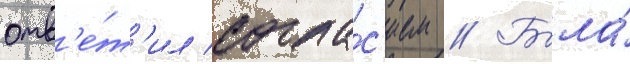
отв'е́т'ил согла́с'ием // Была́